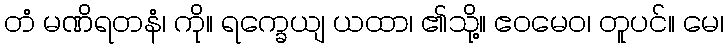
တံ မဏိရတနံ၊ ကို။ ရက္ခေယျ ယထာ၊ ၏သို့။ ဧဝမေဝ၊ တူပင်။ မေ၊